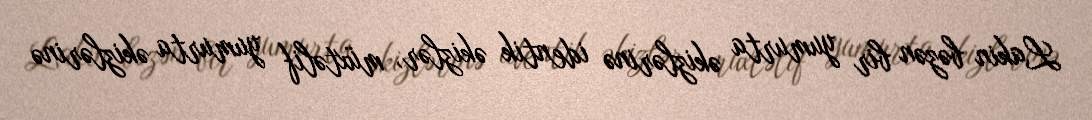
Lakin bəzən bir yumurta əkizlərinə identik əkizlər, müxtəlif yumurta əkizlərinə